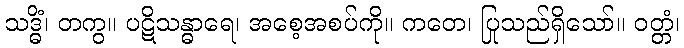
သဒ္ဓိံ၊ တကွ။ ပဋိသန္ဓာရေ၊ အစေ့အစပ်ကို။ ကတေ၊ ပြုသည်ရှိသော်။ ဝတ္တံ၊